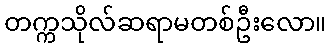
တက္ကသိုလ်ဆရာမတစ်ဦးလော။